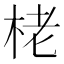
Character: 栳